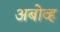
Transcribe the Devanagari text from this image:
अबोव्ह